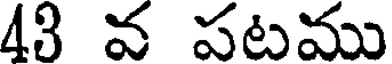
43 వ పటము